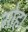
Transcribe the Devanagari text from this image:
गोह।